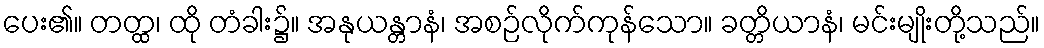
ပေး၏။ တတ္ထ၊ ထို တံခါး၌။ အနုယန္တာနံ၊ အစဉ်လိုက်ကုန်သော။ ခတ္တိယာနံ၊ မင်းမျိုးတို့သည်။